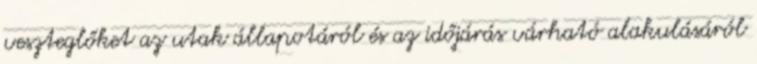
veszteglőket az utak állapotáról és az időjárás várható alakulásáról